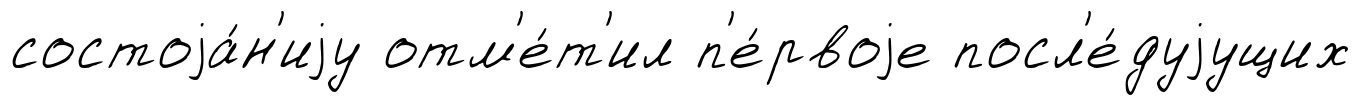
состоjа́н'иjу отм'е́т'ил п'е́рвоjе посл'е́дуjущих